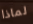
لماذا